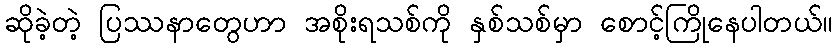
ဆိုခဲ့တဲ့ ပြဿနာတွေဟာ အစိုးရသစ်ကို နှစ်သစ်မှာ စောင့်ကြိုနေပါတယ်။